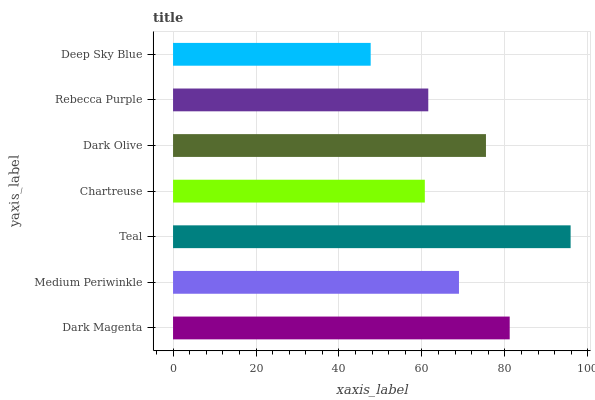
| yaxis_label | bars |
 | --- | --- |
 | Dark Magenta | 81.2 |
 | Medium Periwinkle | 68.9 |
 | Teal | 95.8 |
 | Chartreuse | 60.7 |
 | Dark Olive | 75.4 |
 | Rebecca Purple | 61.5 |
 | Deep Sky Blue | 47.6 |